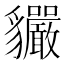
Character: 𧴣